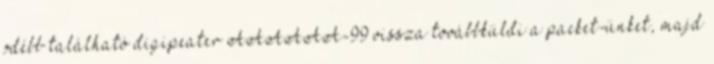
odébb található digipeater AAAAAA-99 vissza továbbküldi a packet-ünket, majd